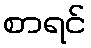
စာရင်